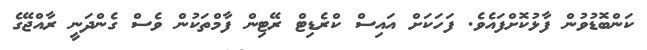
ކަންބޮޑުވުން ފާޅުކޮށްފައެވެ. ފަހަކަށް އައިސް ކްރެޑިޓް ރޭޓިން ފާމްތަކުން ވެސް ގެންދަނީ ރާއްޖޭގެ